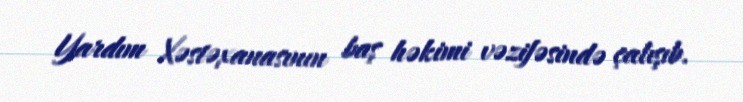
Yardım Xəstəxanasının baş həkimi vəzifəsində çalışıb.